Investigations on Bengal jail dietaries - Number 37
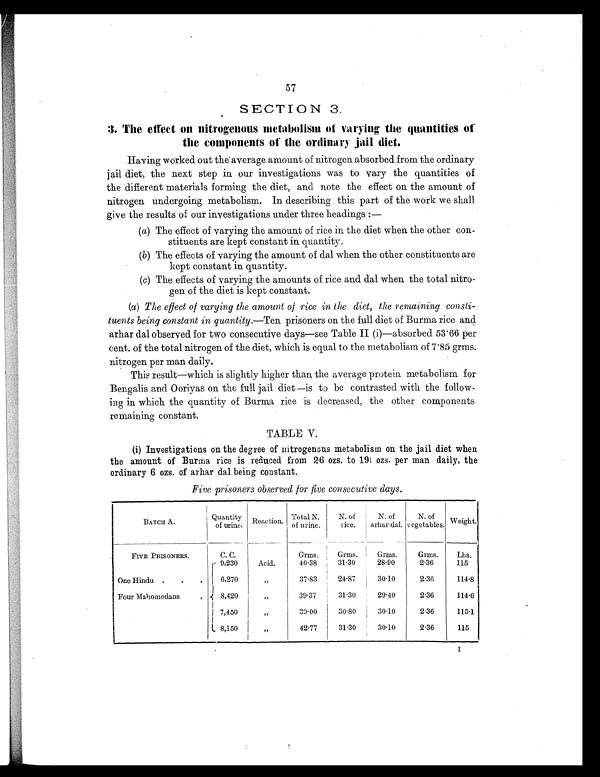
57
SECTION 3.
3. The effect on nitrogenous metabolism of varying the quantities of
the components of the ordinary jail diet.
Having worked out the average amount of nitrogen absorbed from the ordinary
jail diet, the next step in our investigations was to vary the quantities of
the different materials forming the diet, and note the effect on the amount of
nitrogen undergoing metabolism. In describing this part of the work we shall
give the results of our investigations under three headings :
—
(a) The effect of varying the amount of rice in the diet when the other con-
stituents are kept constant in quantity.
(b) The effects of varying the amount of dal when the other constituents are
kept constant in quantity.
(c) The effects of varying the amounts of rice and dal when the total nitro-
gen of the diet is kept constant.
(a) The effect of varying the amount of rice in the diet, the remaining consti-
tuents being constant in quantity. —Ten prisoners on the full diet of Burma rice and
arhar dal observed for two consecutive days—see Table II (i)—absorbed 53.66 per
cent. of the total nitrogen of the diet, which is equal to the metabolism of 7.85 grms.
nitrogen per man daily.
This result—which is slightly higher than the average protein metabolism for
Bengalis and Ooriyas on the full jail diet—is to be contrasted with the follow-
ing in which the quantity of Burma rice is decreased, the other components
remaining constant.
TABLE V.
(i) Investigations on the degree of nitrogenous metabolism on the jail diet when
the amount of Burma rice is reduced from 26 ozs. to 19 ozs. per man daily, the
ordinary 6 ozs. of arhar dal being constant.
Five prisoners observed for five consecutive days.
BATCH A.
Quantity
of urine.
Reaction .
Total N.
of urine.
N. of
rice.
N. of
arhar dal.
N. of
vegetables. Weight.
FIVE PRISONERS.
C. C.
Grms.
Grms.
Grms.
Grms.
Lbs.
9,230
Acid.
40.38
31.30
28.90
2.36
115
One Hindu .
.
.
6,270
„
37.83
24.87
30.10
2.36
114.8
Four Mahomedans
.
8,420
„
39.37
31.30
29.40
2.36
114.6
7,450
„
39.00
30.80
30.10
2.36
115.1
8,150
„
42.77
31.30
30.10
2.36
115
I